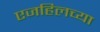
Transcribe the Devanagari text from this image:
एजहिलच्या